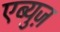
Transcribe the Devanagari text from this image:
एब्युज़